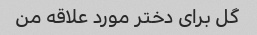
گل برای دختر مورد علاقه من